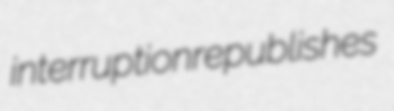
interruption republishes